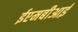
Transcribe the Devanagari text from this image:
ईएमबीआई